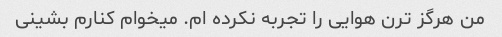
من هرگز ترن هوایی را تجربه نکرده ام. میخوام کنارم بشینی